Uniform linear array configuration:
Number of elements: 48
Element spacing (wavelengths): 1
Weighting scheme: hamming
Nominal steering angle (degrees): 15
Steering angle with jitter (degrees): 13.622
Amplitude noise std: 0.05
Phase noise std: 0.05

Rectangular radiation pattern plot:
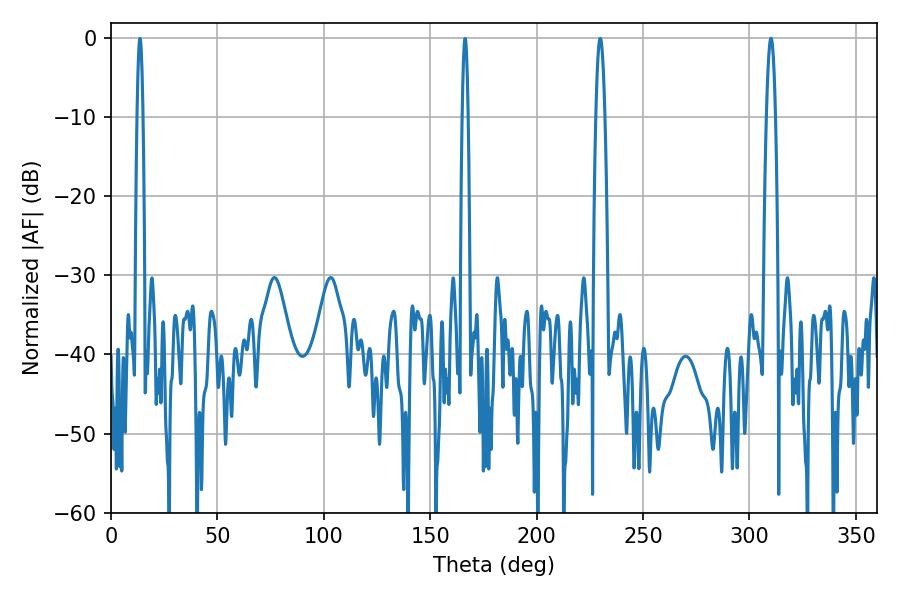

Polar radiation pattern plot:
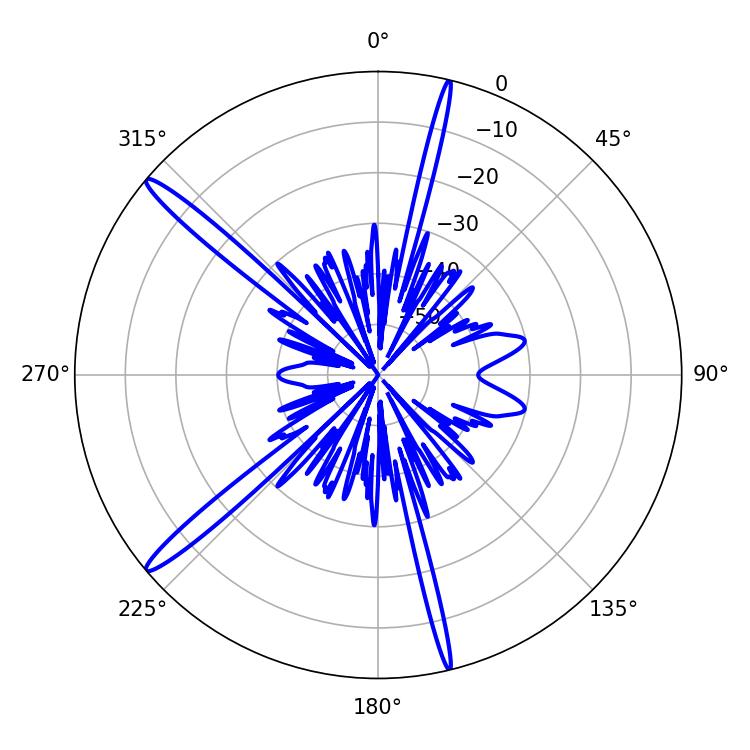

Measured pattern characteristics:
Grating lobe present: TRUE
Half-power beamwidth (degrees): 2.16
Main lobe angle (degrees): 310.14